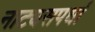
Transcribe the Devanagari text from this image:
नाट्यसपर्धा